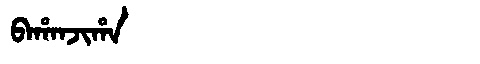
Manchu: ᠪᠠᡥᠠᠨᠵᡳᡥᠠ
Romanization: BAHANJIHA